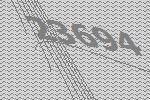
23694